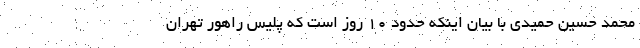
محمد حسین حمیدی با بیان اینکه حدود ۱۰ روز است که پلیس راهور تهران